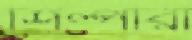
শিল্পীরা